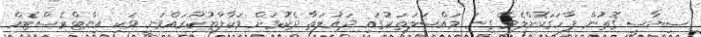
ސިޔާސީ ގޮތުން ފާހަގަކޮށްލެވޭ ގިނަ މައްސަލަތަކުގައި ދައުލަތާ ދެކޮޅަށް ވަކާލާތުކުރައްވަނީ ވަކި އިންޓްރެސްޓެއް